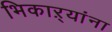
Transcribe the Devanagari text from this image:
भिकाऱ्यांना